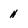
Character: h